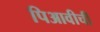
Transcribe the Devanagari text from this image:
पिआवीची